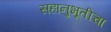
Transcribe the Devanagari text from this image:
सहानुभूतीचा